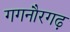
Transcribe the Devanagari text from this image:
गगनौरगढ़